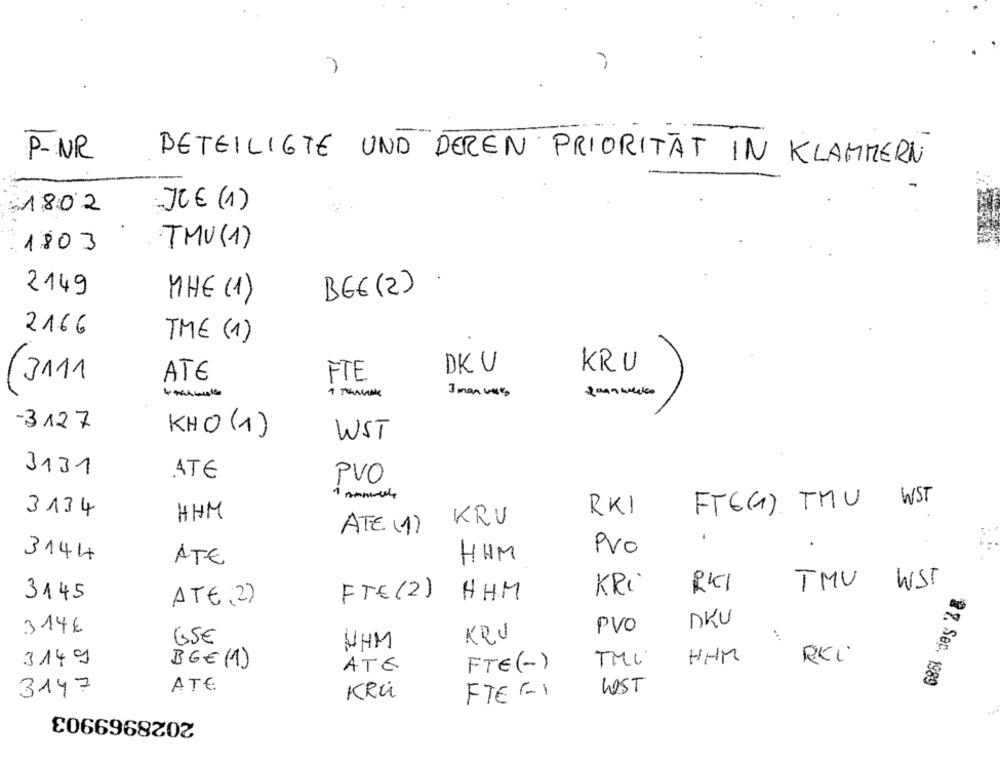
P-NR
BETEILIGTE UND DEREN PRIORITÄT IN KLAMMERN
JOE (1)
1802
TMV (1)
1803
2149
BGE (2)
MHE (1)
2166
THE (1)
KRU
DK U
(3111
ATE
FTE
3 man was
-3127
KHO (1)
WST
3131
ATE
PVO
FT(1). TMU
WST
RKI
3134
HHM
KRU
ATE (1)
PVo
3144
HHM
ATE
RKI
TMU
WST
3145
FTE (2)
HHM
KRI
ATE( 2)
DKU
314€
PVO
65€
KRU
...
UHM
HHM
REi'
3149
BGE (1)
FTE(-)
TML
ATE
27. Sep. 1989
ATE
LOST
3147
KRÜ
FTE GI
2028969903